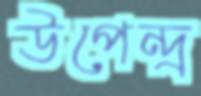
উপেন্দ্র